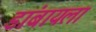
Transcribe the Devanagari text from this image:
डांबायला